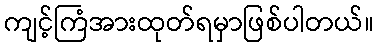
ကျင့်ကြံအားထုတ်ရမှာဖြစ်ပါတယ်။